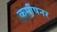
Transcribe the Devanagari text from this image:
कमीषनर